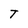
Character: T